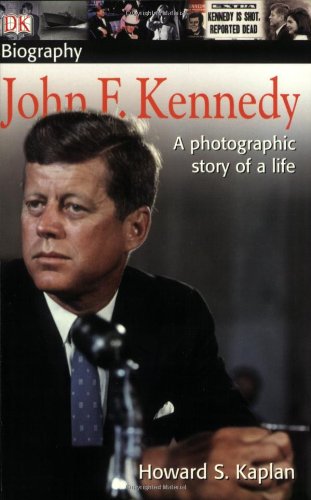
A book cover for DK Biography: John F. Kennedy; Howard S. Kaplan; Children's Books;